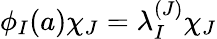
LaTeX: \phi_{I}(a)\chi_{J}=\lambda_{I}^{(J)}\chi_{J}